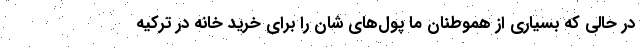
در حالی که بسیاری از هموطنان ما پول‌های شان را برای خرید خانه در ترکیه